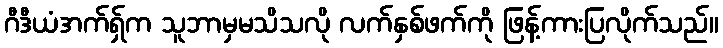
ဂီဒီယံအက်ရှ်က သူဘာမှမသိသလို လက်နှစ်ဖက်ကို ဖြန့်ကားပြလိုက်သည်။